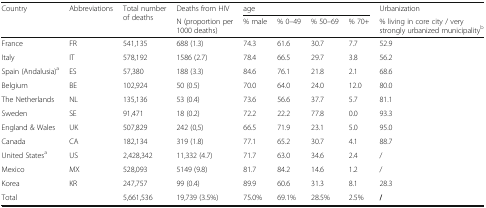
<table><thead><tr><td rowspan="2"><b>Country</b></td><td rowspan="2"><b>Abbreviations</b></td><td rowspan="2"><b>Total number of deaths</b></td><td><b>Deaths from HIV</b></td><td colspan="4"><b>age</b></td><td><b>Urbanization</b></td></tr><tr><td><b>N (proportion per 1000 deaths)</b></td><td><b>% male</b></td><td><b>% 0–49</b></td><td><b>% 50–69</b></td><td><b>% 70+</b></td><td><b>% living in core city / very strongly urbanized municipality<sup>b</sup></b></td></tr></thead><tbody><tr><td>France</td><td>FR</td><td>541,135</td><td>688 (1.3)</td><td>74.3</td><td>61.6</td><td>30.7</td><td>7.7</td><td>52.9</td></tr><tr><td>Italy</td><td>IT</td><td>578,192</td><td>1586 (2.7)</td><td>78.4</td><td>66.5</td><td>29.7</td><td>3.8</td><td>56.2</td></tr><tr><td>Spain (Andalusia)<sup>a</sup></td><td>ES</td><td>57,380</td><td>188 (3.3)</td><td>84.6</td><td>76.1</td><td>21.8</td><td>2.1</td><td>68.6</td></tr><tr><td>Belgium</td><td>BE</td><td>102,924</td><td>50 (0.5)</td><td>70.0</td><td>64.0</td><td>24.0</td><td>12.0</td><td>80.0</td></tr><tr><td>The Netherlands</td><td>NL</td><td>135,136</td><td>53 (0.4)</td><td>73.6</td><td>56.6</td><td>37.7</td><td>5.7</td><td>81.1</td></tr><tr><td>Sweden</td><td>SE</td><td>91,471</td><td>18 (0.2)</td><td>72.2</td><td>22.2</td><td>77.8</td><td>0.0</td><td>93.3</td></tr><tr><td>England &amp; Wales</td><td>UK</td><td>507,829</td><td>242 (0,5)</td><td>66.5</td><td>71.9</td><td>23.1</td><td>5.0</td><td>95.0</td></tr><tr><td>Canada</td><td>CA</td><td>182,134</td><td>319 (1.8)</td><td>77.1</td><td>65.2</td><td>30.7</td><td>4.1</td><td>88.7</td></tr><tr><td>United States<sup>a</sup></td><td>US</td><td>2,428,342</td><td>11,332 (4.7)</td><td>71.7</td><td>63.0</td><td>34.6</td><td>2.4</td><td>/</td></tr><tr><td>Mexico</td><td>MX</td><td>528,093</td><td>5149 (9.8)</td><td>81.7</td><td>84.2</td><td>14.6</td><td>1.2</td><td>/</td></tr><tr><td>Korea</td><td>KR</td><td>247,757</td><td>99 (0.4)</td><td>89.9</td><td>60.6</td><td>31.3</td><td>8.1</td><td>28.3</td></tr><tr><td>Total</td><td></td><td>5,661,536</td><td>19,739 (3.5%)</td><td>75.0%</td><td>69.1%</td><td>28.5%</td><td>2.5%</td><td><b>/</b></td></tr></tbody></table>